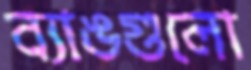
ব্যাঙগুলো